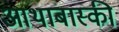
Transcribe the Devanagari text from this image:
आथाबास्की